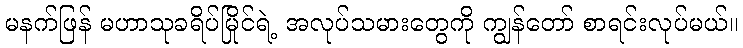
မနက်ဖြန် မဟာသုခရိပ်မြိုင်ရဲ့ အလုပ်သမားတွေကို ကျွန်တော် စာရင်းလုပ်မယ်။